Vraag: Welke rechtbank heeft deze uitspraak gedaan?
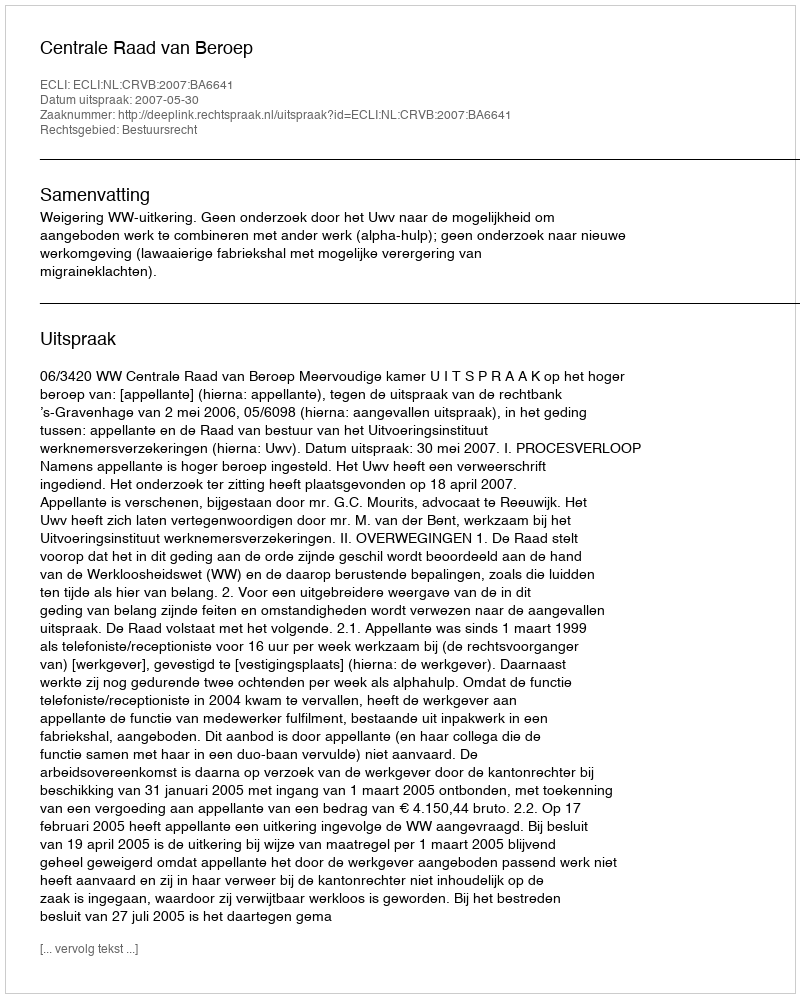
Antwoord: Centrale Raad van Beroep